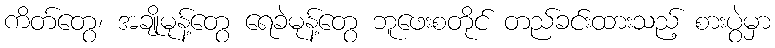
ကိတ်တွေ၊ အချိုမုန့်တွေ ရေခဲမုန့်တွေ ဘူဖေးစတိုင် တည်ခင်းထားသည့် စားပွဲမှာ